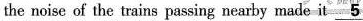
the noise of the trains passing nearby made it \underline{5}